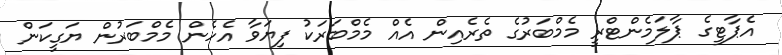
އެޕާޓީގެ ޕާލަމެންޓްރީ މެމްބަރުގެ ތެރެއިން އެއް މެމްބަރަކު ފިޔަވާ އެހެން މެމްބަރުން ޔަގީކަން